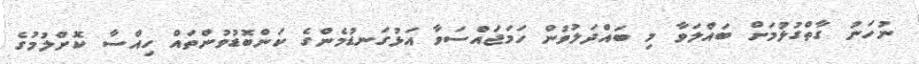
ނުހަނު ގާތްގުޅުމަށް ބައްލަވާ މި ބައްދަލުވުން ހަމަޖައްސަވާ އަޅުގަނޑުމެންގެ ކަންބޮޑުވުންތައް ހިއްސާ ކޮށްލުމުގެ